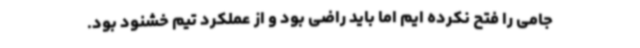
جامی را فتح نکرده ایم اما باید راضی بود و از عملکرد تیم خشنود بود.